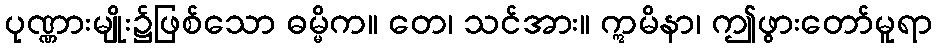
ပုဏ္ဏားမျိုး၌ဖြစ်သော ဓမ္မိက။ တေ၊ သင်အား။ ဣမိနာ၊ ဤဖွားတော်မူရာ